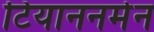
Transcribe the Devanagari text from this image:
टियाननमेन